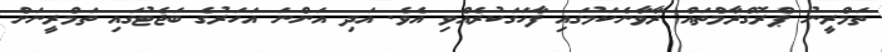
ތަމްރީނު ޕްރޮގްރާމްތައް ރާވާނެކަމުގައި ފާހަގަކުރެއްވި އެވެ. އަދި އަންނަ އަހަރުގެ ބަޖެޓުގައި ތަމްރީނަށް